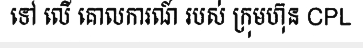
ទៅ លើ គោលការណ៍ របស់ ក្រុមហ៊ុន CPL